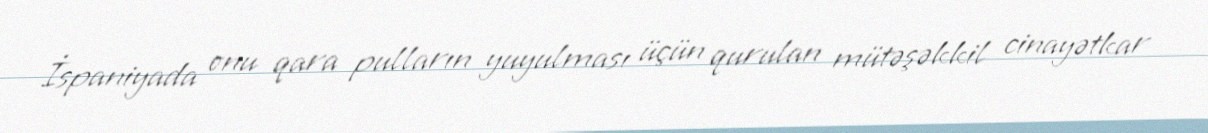
İspaniyada onu qara pulların yuyulması üçün qurulan mütəşəkkil cinayətkar